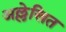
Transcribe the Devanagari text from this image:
अल्लेखित